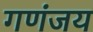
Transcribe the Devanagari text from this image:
गणंजय